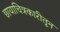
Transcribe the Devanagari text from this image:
छायाचित्रकारीतून